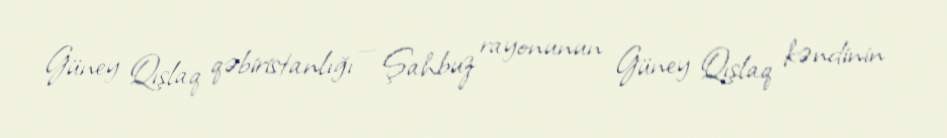
Güney Qışlaq qəbiristanlığı — Şahbuz rayonunun Güney Qışlaq kəndinin